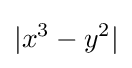
|x^{3}-y^{2}|